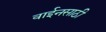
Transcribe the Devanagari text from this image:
वाईनसाठी